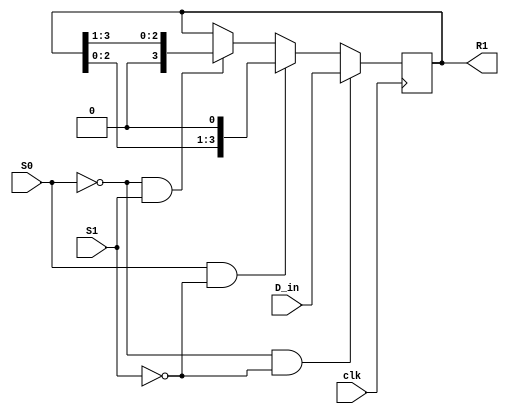
//shift n bit registers
module wk4_task3b #(parameter n = 4) // Define n as bits for n-bit register
(
  input wire [n-1:0] D_in, //Input parallel data
  input wire S0, S1, //Control signal S0 & S1
  input wire clk, //Clock timing
  output reg [n-1:0] R1 //Output from the n-bit register
);

  always @(posedge clk) begin
    if (S0 == 1'b0 && S1 == 1'b0)     // S0=0, S1=0, Load parallel data
      R1 <= D_in; 
    else if (S0 == 1'b1 && S1 == 1'b0) // S0=1, S1=0, Shift left
      R1 <= R1<<1;
    else if (S0 == 1'b0 && S1 == 1'b1) // S0=0, S1=1, Shift right
      R1 <= R1>>1;
    else
	   R1 <= R1; // S0=1, S1=1, No change
  end

endmodule